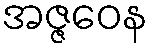
အဇ္ဇဝေန